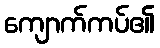
ကျောက်ကပ်၏